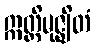
ဣတ္ထိမုဇ္ဈိတံ